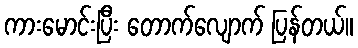
ကားမောင်းပြီး တောက်လျောက် ပြန်တယ်။